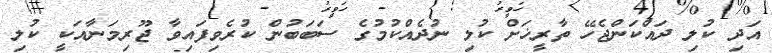
އަދި ކުލި ދައްކަންޖެހޭ ތާރީޚަށް ކުލި ނުދެއްކުމުގެ ސަބަބުން ކުރެވިފައިވާ ޖޫރިމަނާއަކީ ކުލި